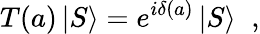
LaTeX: T(a)\left|S\right\rangle=e^{i\delta(a)}\left|S\right\rangle\; \; ,